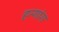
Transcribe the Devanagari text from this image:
हन्गांग